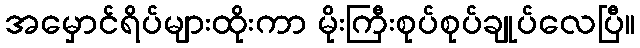
အမှောင်ရိပ်များထိုးကာ မိုးကြီးစုပ်စုပ်ချုပ်လေပြီ။